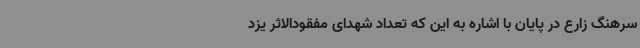
سرهنگ زارع در پایان با اشاره به این که تعداد شهدای مفقودالاثر یزد